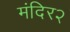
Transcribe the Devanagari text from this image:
मंदिर२